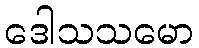
ဒေါသသမော